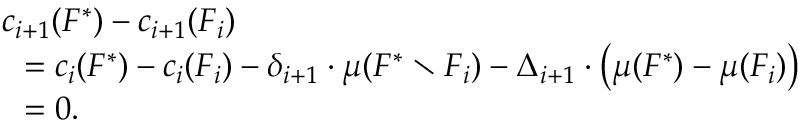
\begin{array} { r l } & { c _ { i + 1 } ( F ^ { * } ) - c _ { i + 1 } ( F _ { i } ) } \\ { } & { ~ ~ = c _ { i } ( F ^ { * } ) - c _ { i } ( F _ { i } ) - \delta _ { i + 1 } \cdot \mu ( F ^ { * } \setminus F _ { i } ) - \Delta _ { i + 1 } \cdot \big ( \mu ( F ^ { * } ) - \mu ( F _ { i } ) \big ) } \\ { } & { ~ ~ = 0 . } \end{array}